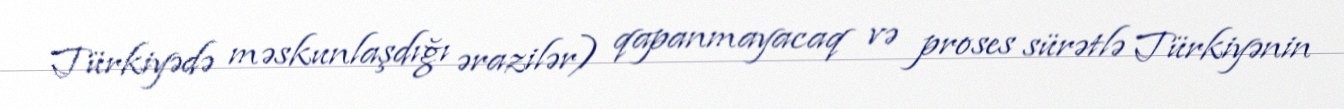
Türkiyədə məskunlaşdığı ərazilər) qapanmayacaq və proses sürətlə Türkiyənin